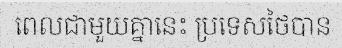
ពេលជាមួយគ្នានេះ ប្រទេសថៃបាន